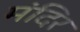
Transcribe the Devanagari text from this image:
मंदिर